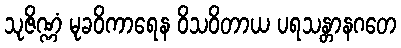
သုဇိဏ္ဏံ မုခဝိကာရေန ဝိသဝိတာယ ပရသန္တာနဂတေ